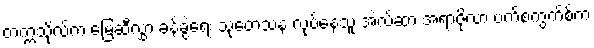
တက္ကသိုလ်က မြေဆီလွှာ ခန့်ခွဲရေး သုတေသန လုပ်နေသူ အဲလ်ဆာ အရာဇိုလာ ဗက်စကွက်စ်က